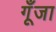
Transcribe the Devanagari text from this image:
गूँजा